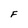
Character: F